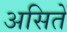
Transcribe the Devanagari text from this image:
असितें